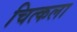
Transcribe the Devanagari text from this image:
चित्कला